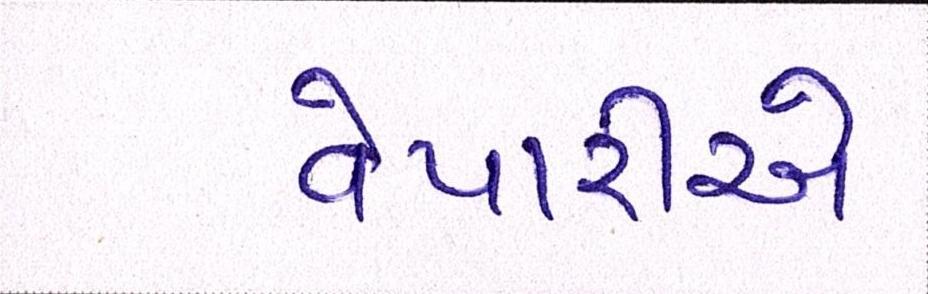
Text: વેપારીએ